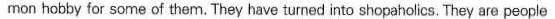
mon hobby for some of them. They have turned into shopaholics. They are people